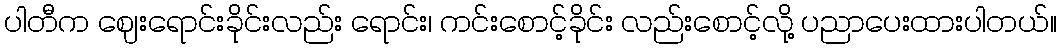
ပါတီက ဈေးရောင်းခိုင်းလည်း ရောင်း၊ ကင်းစောင့်ခိုင်း လည်းစောင့်လို့ ပညာပေးထားပါတယ်။